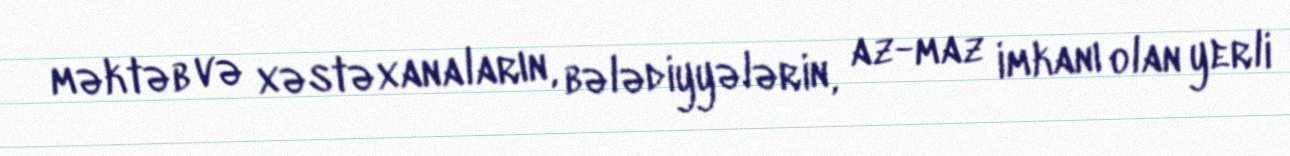
məktəb və xəstəxanaların, bələdiyyələrin, az-maz imkanı olan yerli